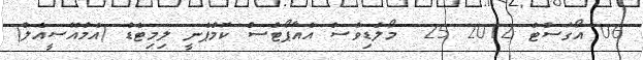
06 އޯގަސްޓް 2012 25  މޯލްޑިވްސް އެއާޕޯޓްސް ކޮމްޕެނީ ލިމިޓެޑް (އެމްއޭސީއެލް)